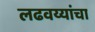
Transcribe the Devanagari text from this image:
लढवय्यांचा